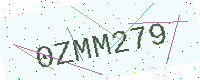
Text: 0ZMM279